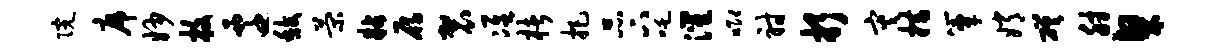
院席妙枚迁馥菊粘雁袈准楮把品下吒灌唧射折灾措簟嫦磋肘粲